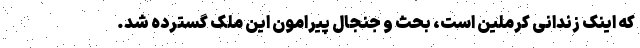
که اینک زندانی کرملین است، بحث و جنجال پیرامون این ملک گسترده شد.